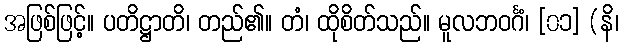
အဖြစ်ဖြင့်။ ပတိဋ္ဌာတိ၊ တည်၏။ တံ၊ ထိုစိတ်သည်။ မူလဘဝင်္ဂံ၊ [၀၁] (နိ၊